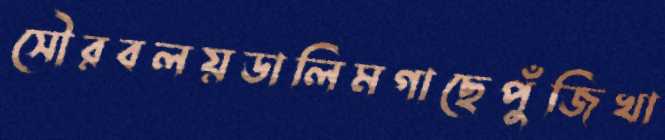
সৌরবলয়ডালিমগাছেপুঁজিখা